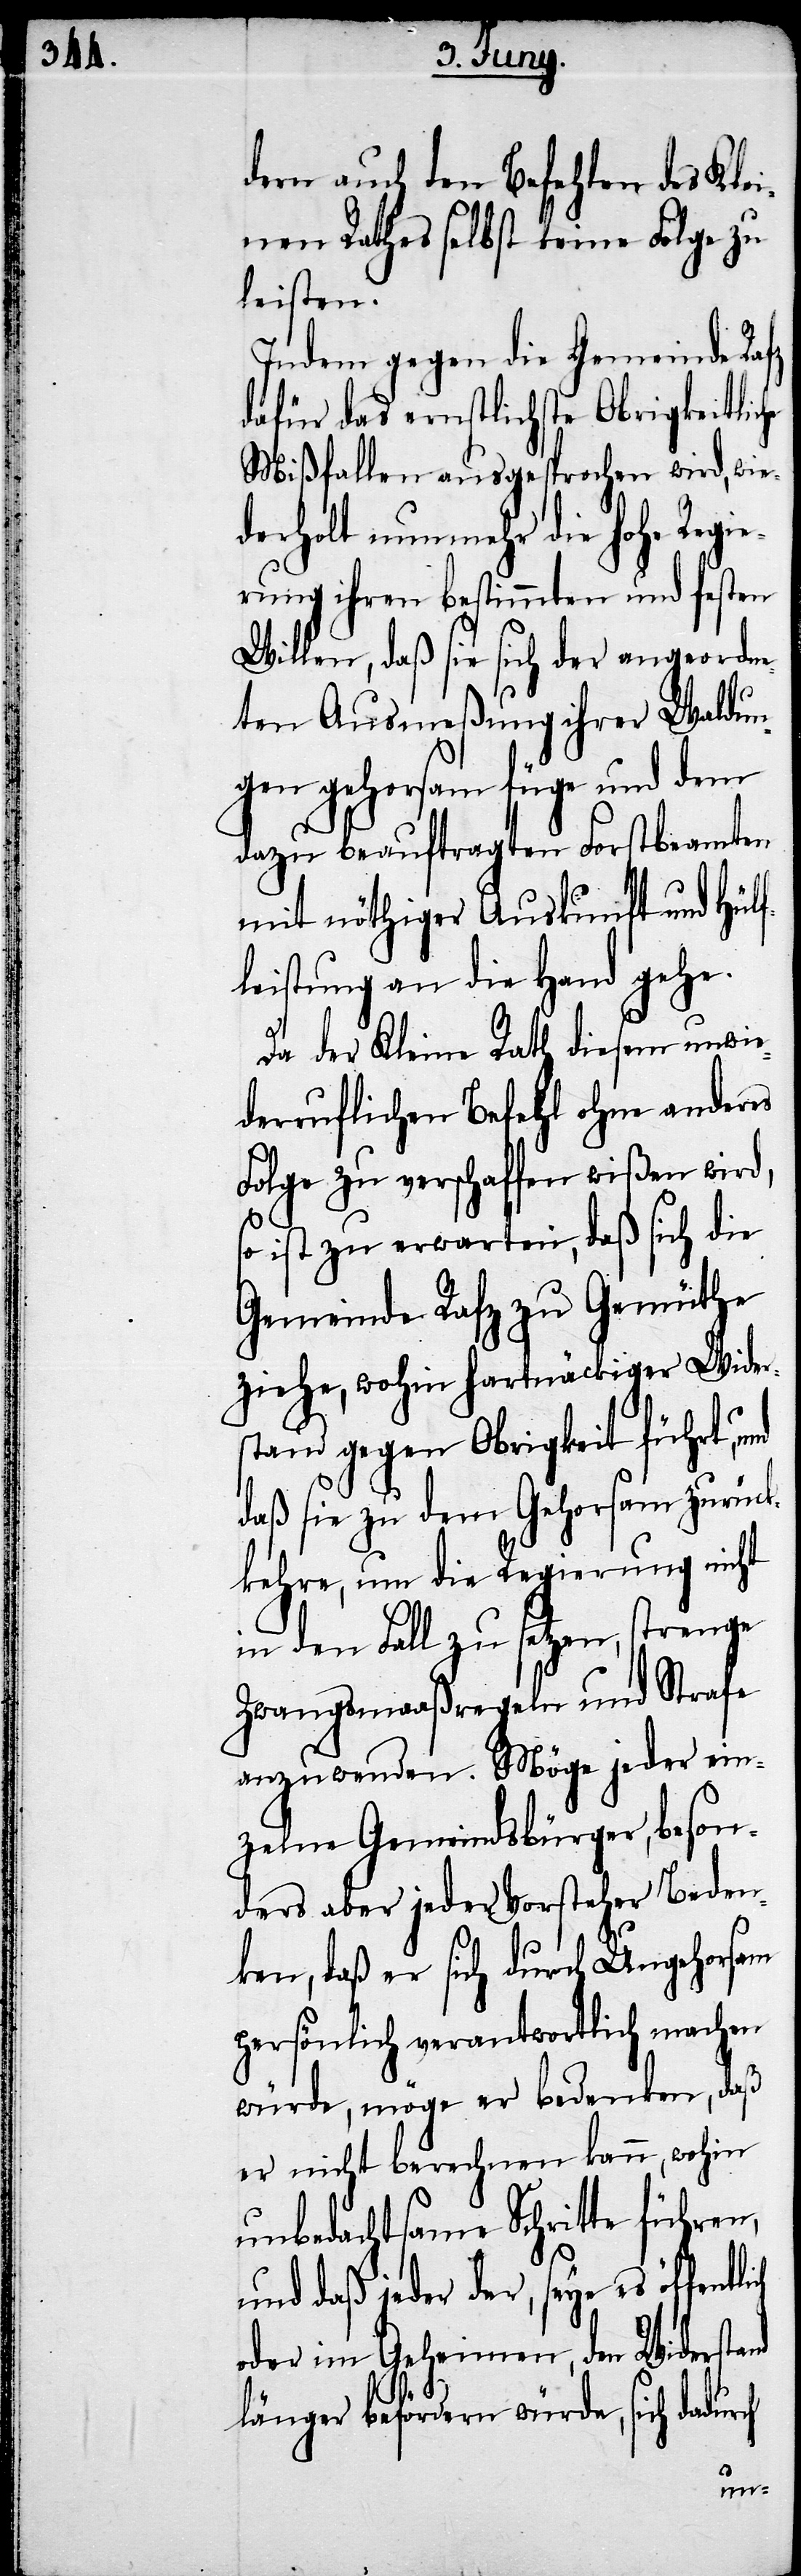
dern auch den Befehlen des Klei¬
nen Rathes selbst keine Folge zu
leisten.
Indem gegen die Gemeinde Rafz
dafür das ernstlichste Obrigkeitliche
Mißfallen ausgesprochen wird, wie¬
derholt nunmehr die hohe Regi¬
erung ihren bestimmten und festen
Willen, daß sie sich der angeordne¬
ten Ausmeßung ihrer Waldun¬
gen gehorsam füge und dem
dazu beauftragten Forstbeamten
mit nöthiger Auskunft und Hülf¬
leistung an die Hand gehe.
Da der Kleine Rath diesem unwie¬
derruflichen Befehl ohne anderes
Folge zu verschaffen wißen wird,
ist zu erwarten, daß sich die
Gemeinde Rafz zu Gemüthe
ziehe, wohin hartnäckiger Wider¬
stand gegen Obrigkeit führt, und
daß sie zu dem Gehorsam zurück¬
kehre, um die Regierung nicht
in den Fall zu setzen, strenge
Zwangsmaaßregeln und Strafe
anzuwenden. Möge jeder ein¬
zelne Gemeindsbürger, beson¬
ders aber jeder Vorsteher beden¬
ken, daß er sich durch Ungehorsam
persönlich verantwortlich machen
würde, möge er bedenken, daß
er nicht berechnen kann, wohin
unbedachtsame Schritte führen,
und daß jeder der, seye es öffentl¬
oder im Geheimen, den Widerstand
länger befördern würde, sich dadurch
ich